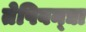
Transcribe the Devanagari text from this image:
तेपिवन्द्या